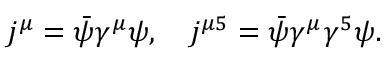
\begin{array} { r } { j ^ { \mu } = \bar { \psi } \gamma ^ { \mu } \psi , \quad j ^ { \mu 5 } = \bar { \psi } \gamma ^ { \mu } \gamma ^ { 5 } \psi . } \end{array}